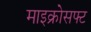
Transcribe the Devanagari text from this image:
माइक्रोसफ्ट